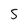
Character: S